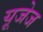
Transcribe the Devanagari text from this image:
यूजेज